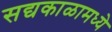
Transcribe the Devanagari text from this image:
सद्यकाळामध्ये